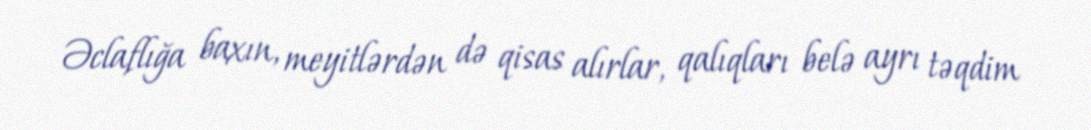
Əclaflığa baxın, meyitlərdən də qisas alırlar, qalıqları belə ayrı təqdim